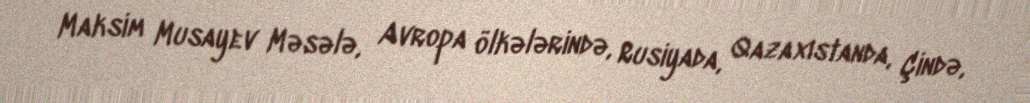
Maksim Musayev Məsələ, Avropa ölkələrində, Rusiyada, Qazaxıstanda, Çində,